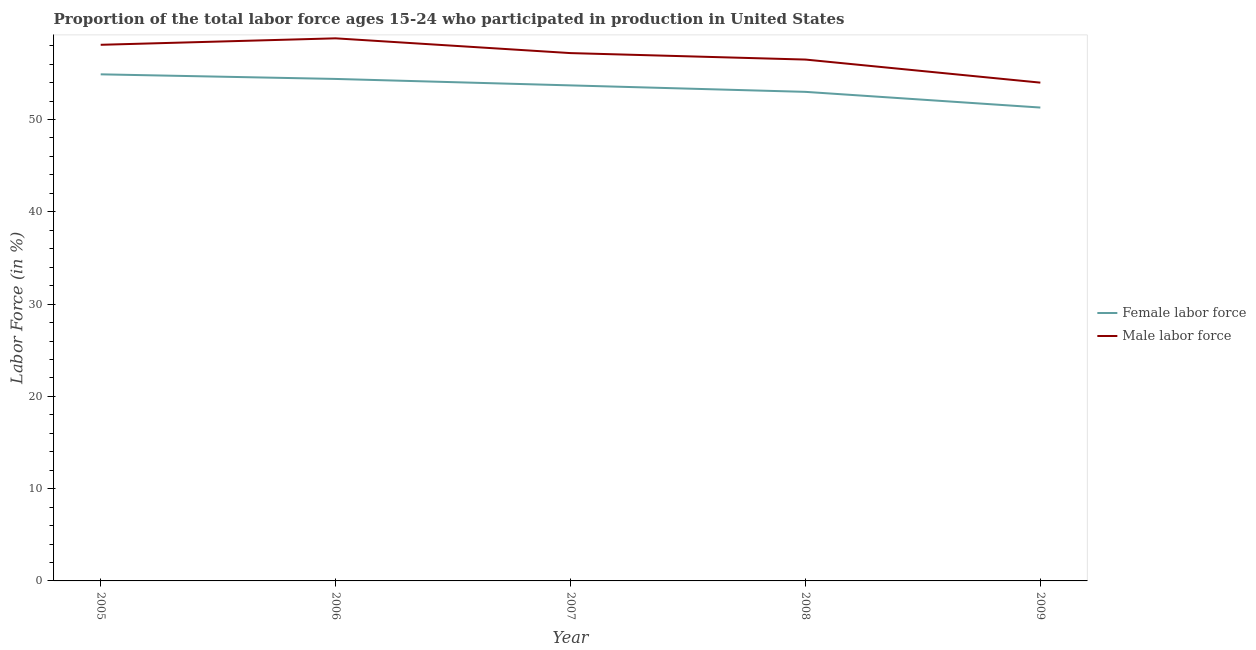
| Year | Female labor force | Male labor force |
 | --- | --- | --- |
 | 2005 | 54.9 | 58.1 |
 | 2006 | 54.4 | 58.8 |
 | 2007 | 53.7 | 57.2 |
 | 2008 | 53 | 56.5 |
 | 2009 | 51.3 | 54 |